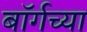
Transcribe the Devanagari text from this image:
बॉर्गच्या